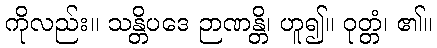
ကိုလည်း။ သန္တိပဒေ ဉာဏန္တိ၊ ဟူ၍။ ဝုတ္တံ၊ ၏။